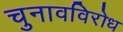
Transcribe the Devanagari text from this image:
चुनावविरोध